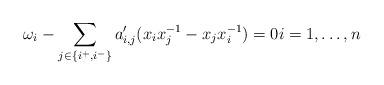
LaTeX: \begin{align*} \omega_{i} - \sum_{j \in \{i^+,i^-\}} a_{i,j}' (x_i x_j^{-1} - x_j x_i^{-1}) = 0 i = 1,\dots,n\end{align*}